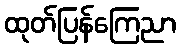
ထုတ်ပြန်ကြေညာ